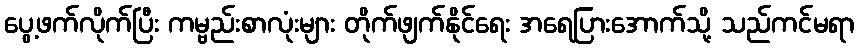
ပွေ့ဖက်လိုက်ပြီး ကမ္ဗည်းစာလုံးများ တိုက်ဖျက်နိုင်ရေး အရေပြားအောက်သို့ သည်ကင်မရာ